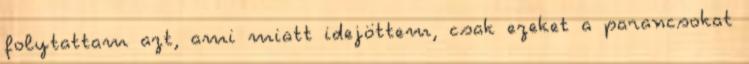
folytattam azt, ami miatt idejöttem, csak ezeket a parancsokat